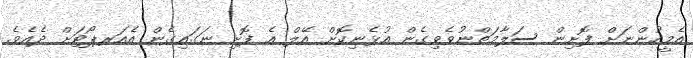
އެމީހުންނަށް ފޮށިން ސަލާމަތްނުވެވިގެން އުޅެނިކޮށް އޭލް އެ ފޮށި ނަގައިގެން އެއަރޕޯޓަށް ދެއެވެ.